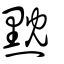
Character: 黕